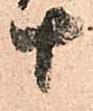
十